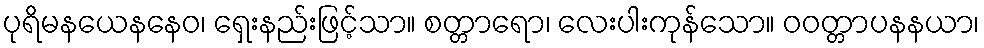
ပုရိမနယေနနေဝ၊ ရှေးနည်းဖြင့်သာ။ စတ္တာရော၊ လေးပါးကုန်သော။ ဝဝတ္တာပနနယာ၊